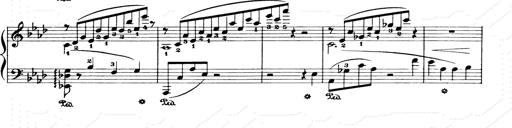
Title: Consolations and LiebestrÃ¤ume for the Piano
Composer: Franz Liszt